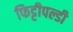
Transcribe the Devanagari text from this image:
फिट्टीपल्डी